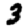
Digit: 3